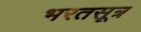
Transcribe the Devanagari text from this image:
भरतसूत्र